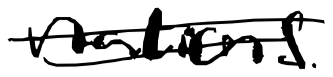
Text: nations.
Cross-out: mix
Writing tool: digital_black